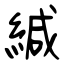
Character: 緘